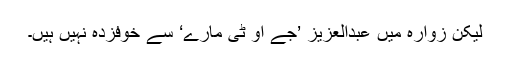
لیکن زوارہ میں عبدالعزیز ’جے او ٹی مارے‘ سے خوفزدہ نہیں ہیں۔